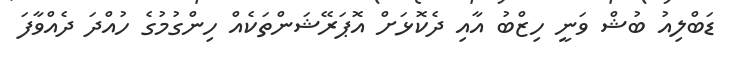
ޑަބްލިއު ބުޝް ވަނީ ހިޒްބު އާއި ދެކޮޅަށް އޮޕަރޭޝަންތަކެއް ހިންގުމުގެ ހުއްދަ ދެއްވާފަ